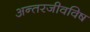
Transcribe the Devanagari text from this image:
अन्तरजीवविष